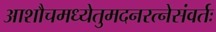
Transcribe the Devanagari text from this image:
आशौचमध्येतुमदनरत्नेसंवर्तः